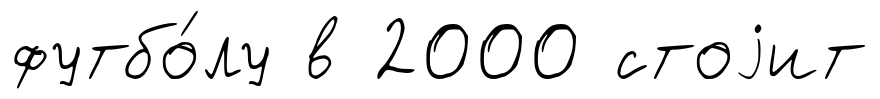
футбо́лу в 2000 стоjит